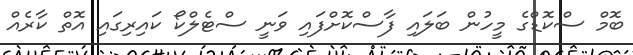
ބޮމް ސްކޮޑްގެ މީހުން ބަލައި ފާސްކޮށްފައި ވަނީ ސްޓެލްކޯ ކައިރިގައި އޮތް ކާރެއް